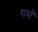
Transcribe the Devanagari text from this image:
गमॅ